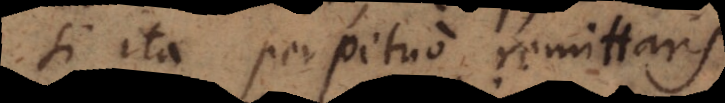
si ita perpetuo remittaris